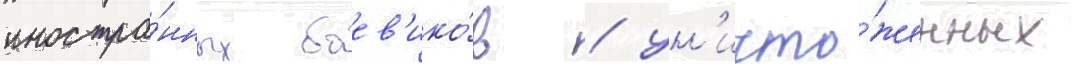
иностра́нных боев'ико́в / ун'ичто́женных